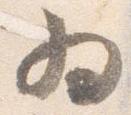
為